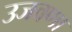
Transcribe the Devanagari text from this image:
उजवणा